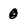
Character: 0